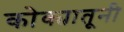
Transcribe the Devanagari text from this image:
कोक्यातूनी